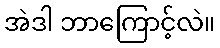
အဲဒါ ဘာကြောင့်လဲ။